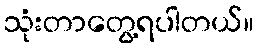
သုံးတာတွေ့ရပါတယ်။